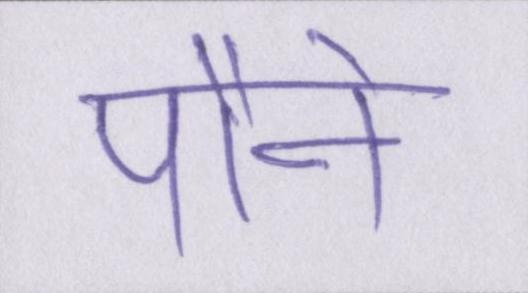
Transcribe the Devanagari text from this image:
पौने